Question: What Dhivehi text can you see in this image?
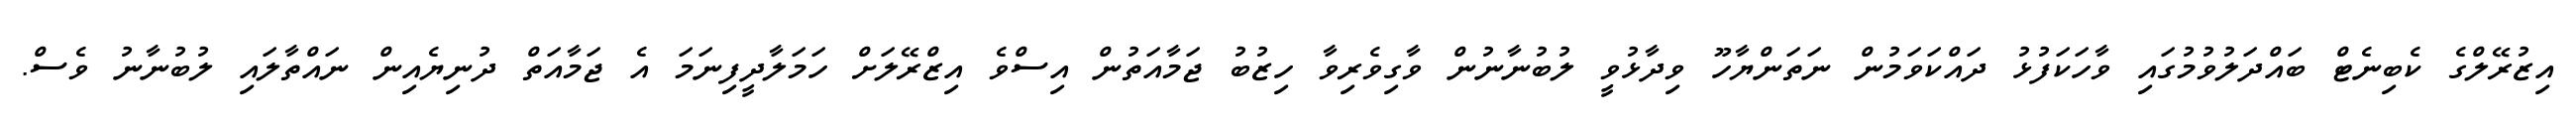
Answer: އިޒުރޭލްގެ ކެބިނެޓް ބައްދަލުވުމުގައި ވާހަކަފުޅު ދައްކަވަމުން ނަތަންޔާހޫ ވިދާޅުވީ ލުބުނާނުން ވާގިވެރިވާ ހިޒުބު ޖަމާއަތުން އިސްވެ އިޒްރޭލަށް ހަމަލާދީފިނަމަ އެ ޖަމާއަތް ދުނިޔެއިން ނައްތާލައި ލުބުނާނު ވެސް.